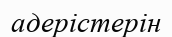
адерістерін